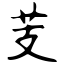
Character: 芰